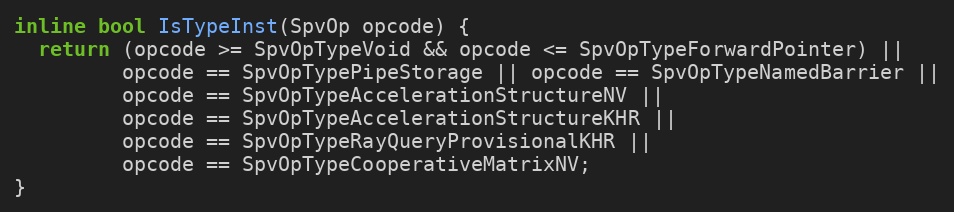
Language: C
inline bool IsTypeInst(SpvOp opcode) {
  return (opcode >= SpvOpTypeVoid && opcode <= SpvOpTypeForwardPointer) ||
         opcode == SpvOpTypePipeStorage || opcode == SpvOpTypeNamedBarrier ||
         opcode == SpvOpTypeAccelerationStructureNV ||
         opcode == SpvOpTypeAccelerationStructureKHR ||
         opcode == SpvOpTypeRayQueryProvisionalKHR ||
         opcode == SpvOpTypeCooperativeMatrixNV;
}